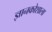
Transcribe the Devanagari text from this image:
ज्ञानकोशाला